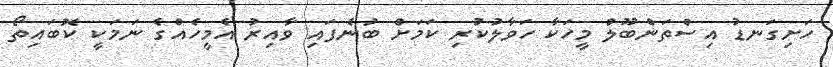
ހަށިގަނޑު އިސްތަންބޫލް މީހަކާ ހަވާލުކުރި ކަމަށް ބުނެފައި ވާއިރު އެމީހެއްގެ ނަމަކީ ކޮބައިތޯ